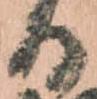
る